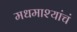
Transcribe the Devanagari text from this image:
मधमाश्यांचं